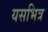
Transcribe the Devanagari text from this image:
यसभित्र